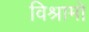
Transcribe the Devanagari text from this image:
विश्रामो